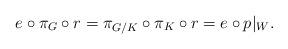
LaTeX: \begin{gather*}e \circ \pi_G \circ r = \pi_{G/K} \circ \pi_K \circ r = e \circ p|_W.\end{gather*}